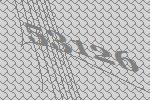
53126